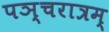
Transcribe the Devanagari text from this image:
पञ्चरात्रम्‌